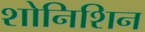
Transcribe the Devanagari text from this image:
शोनिशिन